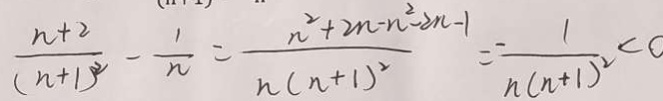
\frac { n + 2 } { ( n + 1 ) ^ { 2 } } - \frac { 1 } { n } = \frac { n ^ { 2 } + 2 n - n ^ { 2 } - 2 n - 1 } { n ( n + 1 ) ^ { 2 } } = \frac { 1 } { n ( n + 1 ) ^ { 2 } } < 0